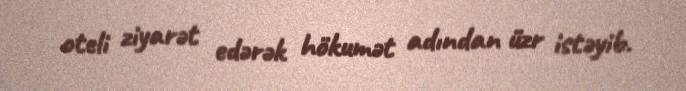
oteli ziyarət edərək hökumət adından üzr istəyib.